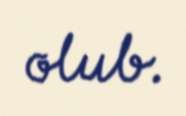
olub.